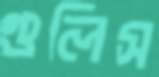
গুলিস